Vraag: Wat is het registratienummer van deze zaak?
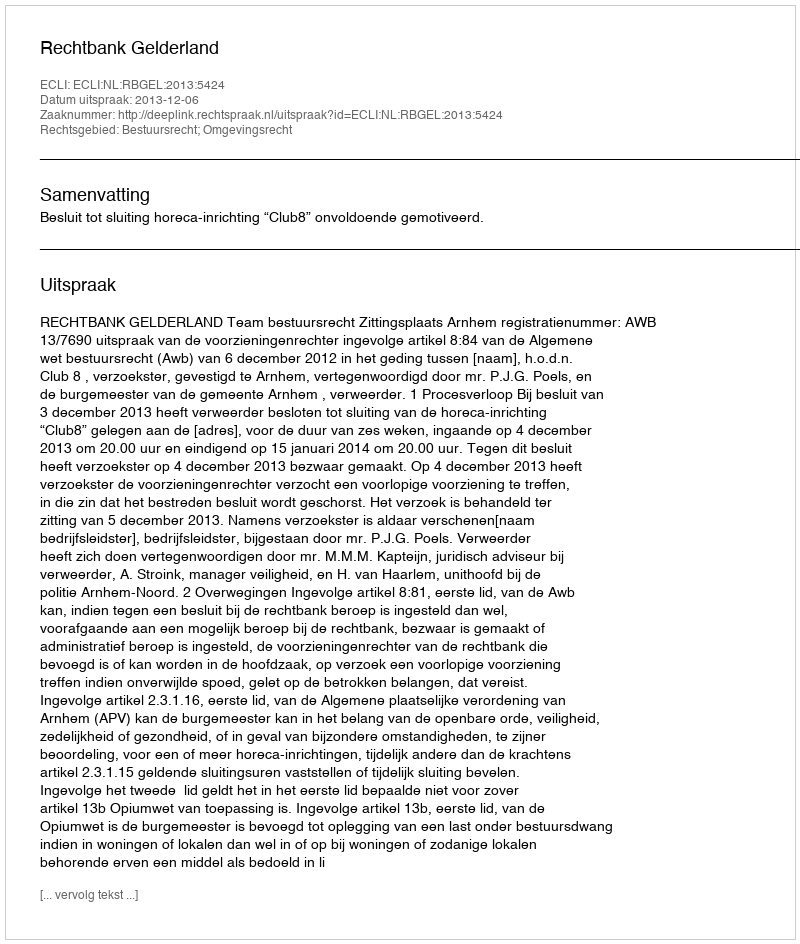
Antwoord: http://deeplink.rechtspraak.nl/uitspraak?id=ECLI:NL:RBGEL:2013:5424